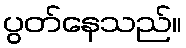
ပွတ်နေသည်။